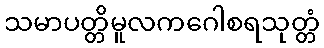
သမာပတ္တိမူလကဂေါစရသုတ္တံ